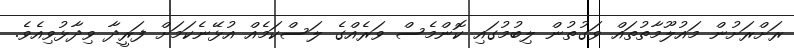
ރަށްރަށުން މައުލޫމާތުތައް ވަގުތުން ލިބުމުގައި ކޮންމެސް ވަރެއްގެ ލަސްކަމެއް އުޅޭނެކަމަށް ފަރީދާ ވިދާޅުވިއެވެ.